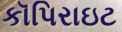
કૉપિરાઇટ